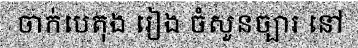
ចាក់បេតុង រៀង ចំសួនច្បារ នៅ